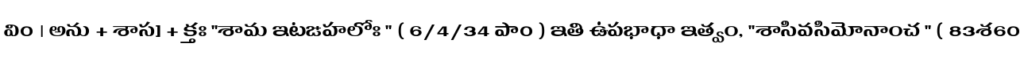
వి0 । అను + శాస] + క్తః "శామ ఇటఙహలోః " ( 6/4/34 పా0 ) ఇతి ఉపభాధా ఇత్వం, "శాసివసిమోనాంచ " ( 83శ60